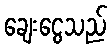
ချေးငွေသည်